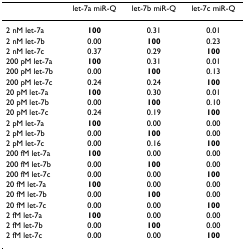
<table><thead><tr><td></td><td><b>let-7a miR-Q</b></td><td><b>let-7b miR-Q</b></td><td><b>let-7c miR-Q</b></td></tr></thead><tbody><tr><td>2 nM let-7a</td><td><b>100</b></td><td>0.31</td><td>0.01</td></tr><tr><td>2 nM let-7b</td><td>0.00</td><td><b>100</b></td><td>0.23</td></tr><tr><td>2 nM let-7c</td><td>0.37</td><td>0.29</td><td><b>100</b></td></tr><tr><td>200 pM let-7a</td><td><b>100</b></td><td>0.31</td><td>0.01</td></tr><tr><td>200 pM let-7b</td><td>0.00</td><td><b>100</b></td><td>0.13</td></tr><tr><td>200 pM let-7c</td><td>0.24</td><td>0.24</td><td><b>100</b></td></tr><tr><td>20 pM let-7a</td><td><b>100</b></td><td>0.30</td><td>0.01</td></tr><tr><td>20 pM let-7b</td><td>0.00</td><td><b>100</b></td><td>0.10</td></tr><tr><td>20 pM let-7c</td><td>0.24</td><td>0.19</td><td><b>100</b></td></tr><tr><td>2 pM let-7a</td><td><b>100</b></td><td>0.00</td><td>0.00</td></tr><tr><td>2 pM let-7b</td><td>0.00</td><td><b>100</b></td><td>0.00</td></tr><tr><td>2 pM let-7c</td><td>0.00</td><td>0.16</td><td><b>100</b></td></tr><tr><td>200 fM let-7a</td><td><b>100</b></td><td>0.00</td><td>0.00</td></tr><tr><td>200 fM let-7b</td><td>0.00</td><td><b>100</b></td><td>0.00</td></tr><tr><td>200 fM let-7c</td><td>0.00</td><td>0.00</td><td><b>100</b></td></tr><tr><td>20 fM let-7a</td><td><b>100</b></td><td>0.00</td><td>0.00</td></tr><tr><td>20 fM let-7b</td><td>0.00</td><td><b>100</b></td><td>0.00</td></tr><tr><td>20 fM let-7c</td><td>0.00</td><td>0.00</td><td><b>100</b></td></tr><tr><td>2 fM let-7a</td><td><b>100</b></td><td>0.00</td><td>0.00</td></tr><tr><td>2 fM let-7b</td><td>0.00</td><td><b>100</b></td><td>0.00</td></tr><tr><td>2 fM let-7c</td><td>0.00</td><td>0.00</td><td><b>100</b></td></tr></tbody></table>